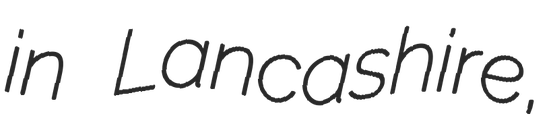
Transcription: in Lancashire,